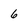
Character: 6